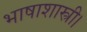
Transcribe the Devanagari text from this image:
भाषाशास्त्री।